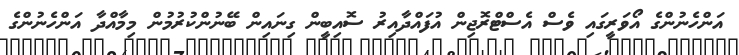
އަންހެނުންގެ އޯވަރީގައި ވެސް އެސްޓްރޮޖިން އުފައްދާއިރު ސޮއިބީން ގިނައިން ބޭނުންކުރުމުން މިމާއްދާ އަންހެނުންގެ